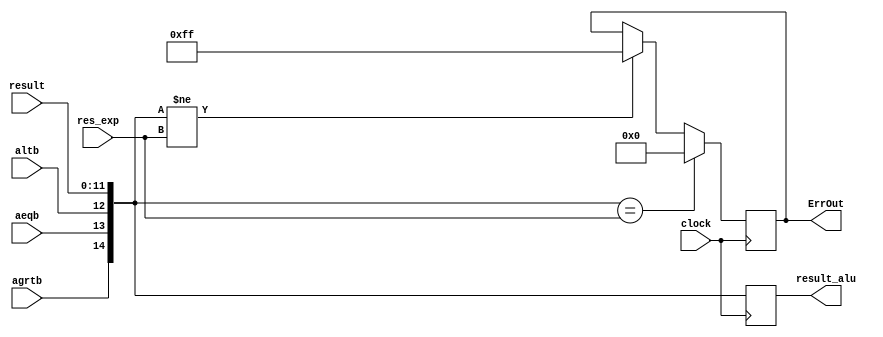
module comparator (clock, result, agrtb, aeqb, altb,result_alu, res_exp, ErrOut);
input clock;
input agrtb, altb, aeqb;
input [11:0] result;
output reg [14:0] result_alu;
input [14:0] res_exp;
output reg [7:0] ErrOut;

always @ ( posedge clock) begin

result_alu[11:0]=result[11:0];
result_alu[12]= altb;
result_alu[13]= aeqb;
result_alu[14]= agrtb;
	if ( result_alu == res_exp)
		ErrOut =8'h00000000;
	else if( result_alu != res_exp) begin ErrOut=8'hFFFFFFFF;end
	end
	endmodule